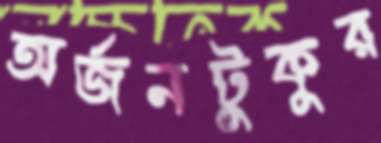
অর্জনটুকুর